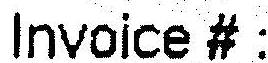
INVOICE # :